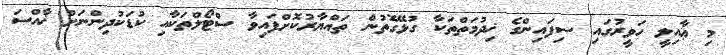
މި ޢާއިލީ ހަވީރުގައި ސިފައިންގެ ޚިދުމަތްތަކާ ގުޅޭގޮތުން ތައްޔާރުކޮށްފައިވާ ސްޓޯލްތަކާއި ކުޑަކުދިންނަށް ޚާއްސަ